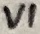
Text: VI